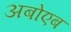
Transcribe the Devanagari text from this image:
अबोएब